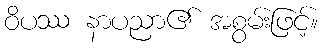
ဝိပဿ နာပညာ၏ အစွမ်းဖြင့်။